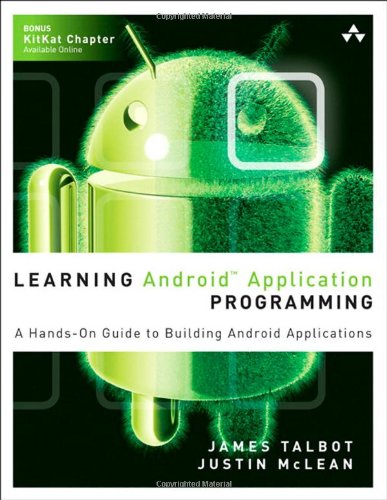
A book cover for Learning Android Application Programming: A Hands-On Guide to Building Android Applications; James Talbot; Computers & Technology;